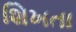
શિખતા